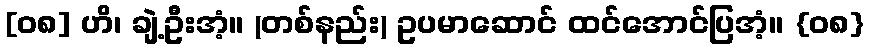
[၀၈] ဟိ၊ ချဲ့ဦးအံ့။ (တစ်နည်း) ဥပမာဆောင် ထင်အောင်ပြအံ့။ {၀၈}